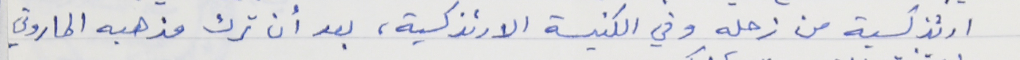
ارثذكسية من زحله وفي الكنيسة الارثذكسية، بعد أن ترك مذهبه الماروني